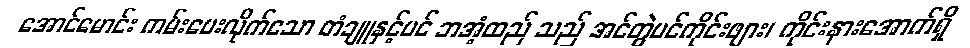
အောင်မောင်း ကမ်းပေးလိုက်သော တံချူနှင့်ပင် ဘအံ့ထည် သည် အင်တွဲပင်ကိုင်းဖျား၊ ကိုင်းနားအောက်ရှိ